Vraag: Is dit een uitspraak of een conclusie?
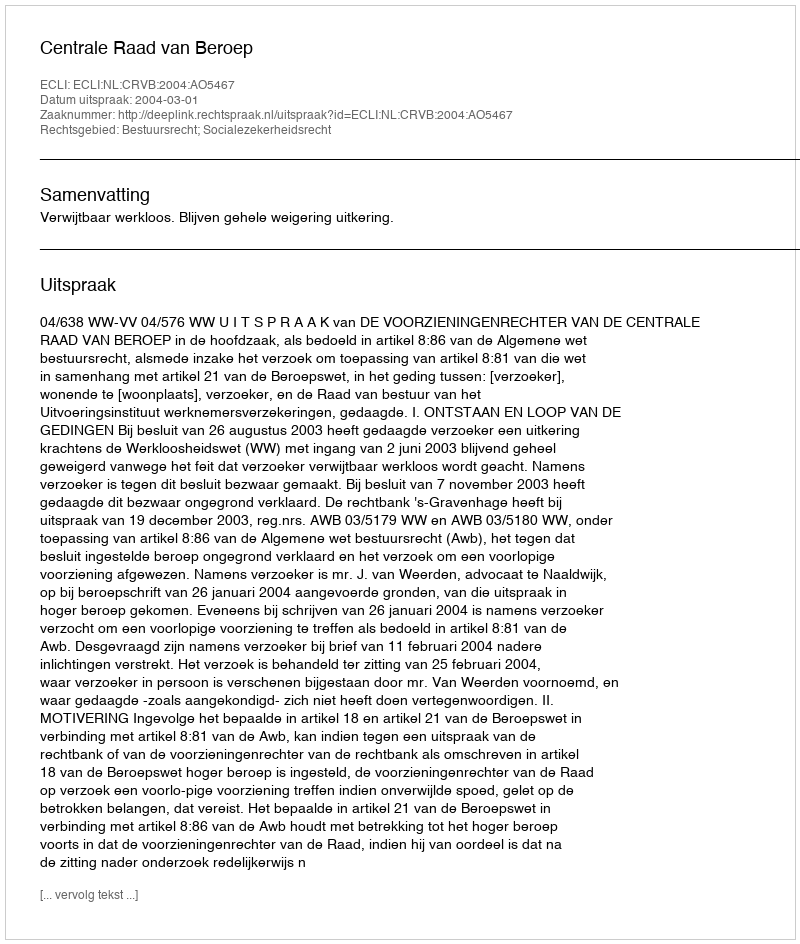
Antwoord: Uitspraak